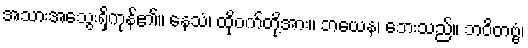
အသားအသွေးရှိကုန်၏။ နေသံ၊ ထိုဝက်တို့အား။ ဘယေန၊ ဘေးသည်။ ဘဝိတဗ္ဗံ၊